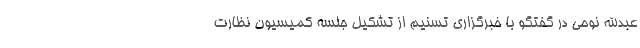
عبدالله نوحی در گفتگو با خبرگزاری تسنیم از تشکیل جلسه کمیسیون نظارت